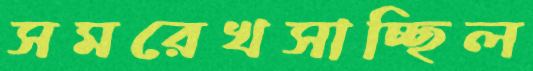
সমরেখসাচ্ছিল